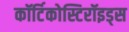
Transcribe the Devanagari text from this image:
कॉर्टिकोस्टिरॉइड्स